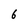
Character: 6